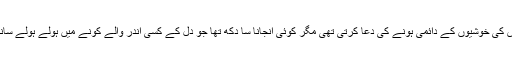
دل ہی دل میں اس کی خوشیوں کے دائمی ہونے کی دعا کرتی تھی مگر کوئی انجانا سا دکھ تھا جو دل کے کسی اندر والے کونے میں ہولے ہولے سانس لینے لگتا تھا۔